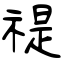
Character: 禔